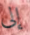
إلى